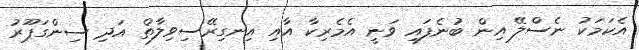
އެކަމަކު ނެސްލޭ އިން ބުނެފައި ވަނީ އެމެރިކާ އާއި އިނގިރޭސިވިލާތް އަދި ސިންގަޕޫރު